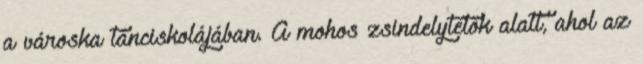
a városka tánciskolájában. A mohos zsindelytetők alatt, ahol az